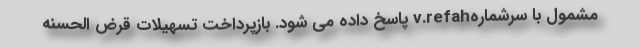
مشمول با سرشمارهv.refah پاسخ داده می شود. بازپرداخت تسهیلات قرض الحسنه